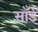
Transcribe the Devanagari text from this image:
साँईं